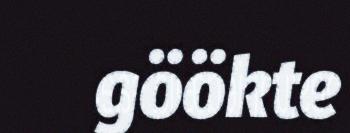
göökte